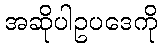
အဆိုပါဥပဒေကို